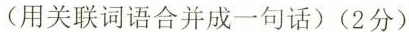
(用关联词语合并成一句话)(2分)